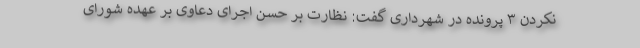
نکردن ۳ پرونده در شهرداری گفت:‌ نظارت بر حسن اجرای دعاوی بر عهده شورای